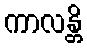
ကာလန္တိ